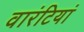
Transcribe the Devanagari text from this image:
वारंटियां